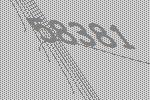
58381